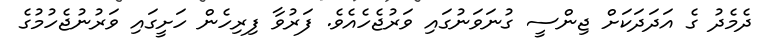
ދެމެދު ގެ އަދަދަކަށް ޖިންސީ ގުނަވަނުގައި ވަރުޖެހެއެވެ. ފަރުވާ ފިރިހެން ހަށީގައި ވަރުނުޖެހުމުގެ